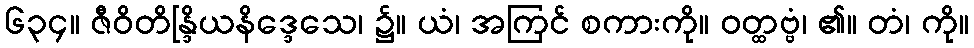
၆၃၄။ ဇီဝိတိန္ဒြိယနိဒ္ဒေသေ၊ ၌။ ယံ၊ အကြင် စကားကို။ ဝတ္ထဗ္ဗံ၊ ၏။ တံ၊ ကို။